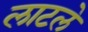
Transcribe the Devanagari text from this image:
लाटले